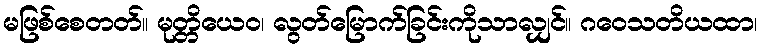
မဖြစ်စေတတ်။ မုတ္တိယေဝ၊ လွတ်မြောက်ခြင်းကိုသာလျှင်။ ဂဝေသတိယထာ၊